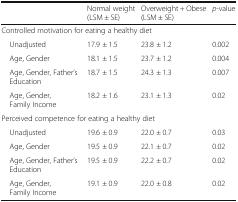
<table><thead><tr><td></td><td><b>Normal weight (LSM ± SE)</b></td><td><b>Overweight + Obese (LSM ± SE)</b></td><td><b><i>p</i>-value</b></td></tr></thead><tbody><tr><td colspan="4">Controlled motivation for eating a healthy diet</td></tr><tr><td> Unadjusted</td><td>17.9 ± 1.5</td><td>23.8 ± 1.2</td><td>0.002</td></tr><tr><td> Age, Gender</td><td>18.1 ± 1.5</td><td>23.7 ± 1.2</td><td>0.004</td></tr><tr><td> Age, Gender, Father’s Education</td><td>18.7 ± 1.5</td><td>24.3 ± 1.3</td><td>0.007</td></tr><tr><td> Age, Gender, Family Income</td><td>18.2 ± 1.6</td><td>23.1 ± 1.3</td><td>0.02</td></tr><tr><td colspan="4">Perceived competence for eating a healthy diet</td></tr><tr><td> Unadjusted</td><td>19.6 ± 0.9</td><td>22.0 ± 0.7</td><td>0.03</td></tr><tr><td> Age, Gender</td><td>19.5 ± 0.9</td><td>22.1 ± 0.7</td><td>0.02</td></tr><tr><td> Age, Gender, Father’s Education</td><td>19.5 ± 0.9</td><td>22.2 ± 0.7</td><td>0.02</td></tr><tr><td> Age, Gender, Family Income</td><td>19.1 ± 0.9</td><td>22.0 ± 0.8</td><td>0.02</td></tr></tbody></table>